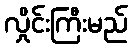
လှိုင်းကြီးမည်